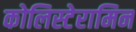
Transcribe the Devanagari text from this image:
कोलिस्टेरामिन